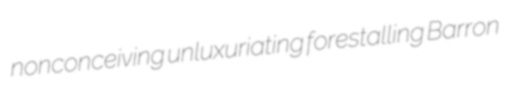
nonconceiving unluxuriating forestalling Barron